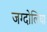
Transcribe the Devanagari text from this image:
जग्दोलिया